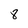
Character: 8